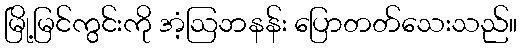
မြို့မြင်ကွင်းကို အံ့ဩဘနန်း ပြောတတ်သေးသည်။